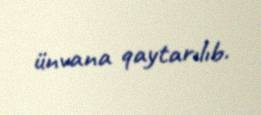
ünvana qaytarılıb.